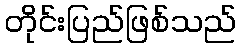
တိုင်းပြည်ဖြစ်သည်